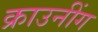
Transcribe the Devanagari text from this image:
क्राउनींग